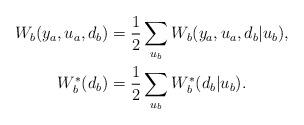
LaTeX: \begin{align*} W_b(y_a,u_a,d_b) &= \frac{1}{2}\sum_{u_b} W_b(y_a,u_a,d_b|u_b), \\W_b^*(d_b) &= \frac{1}{2}\sum_{u_b} W_b^*(d_b|u_b).\end{align*}